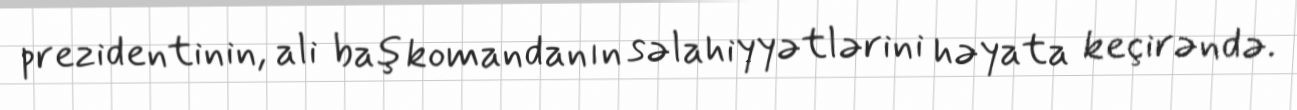
prezidentinin, ali baş komandanın səlahiyyətlərini həyata keçirəndə.